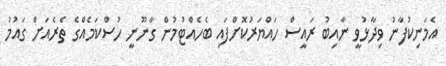
އެމަނިކުފާނު ވިދާޅުވީ ނާއިބު ރައީސް ހައްޔަރުކޮށްފައި ބެހެއްޓުމުން ގާނޫނީ ހުސްކަމެއްގެ ތެރެއަށް ގައުމު